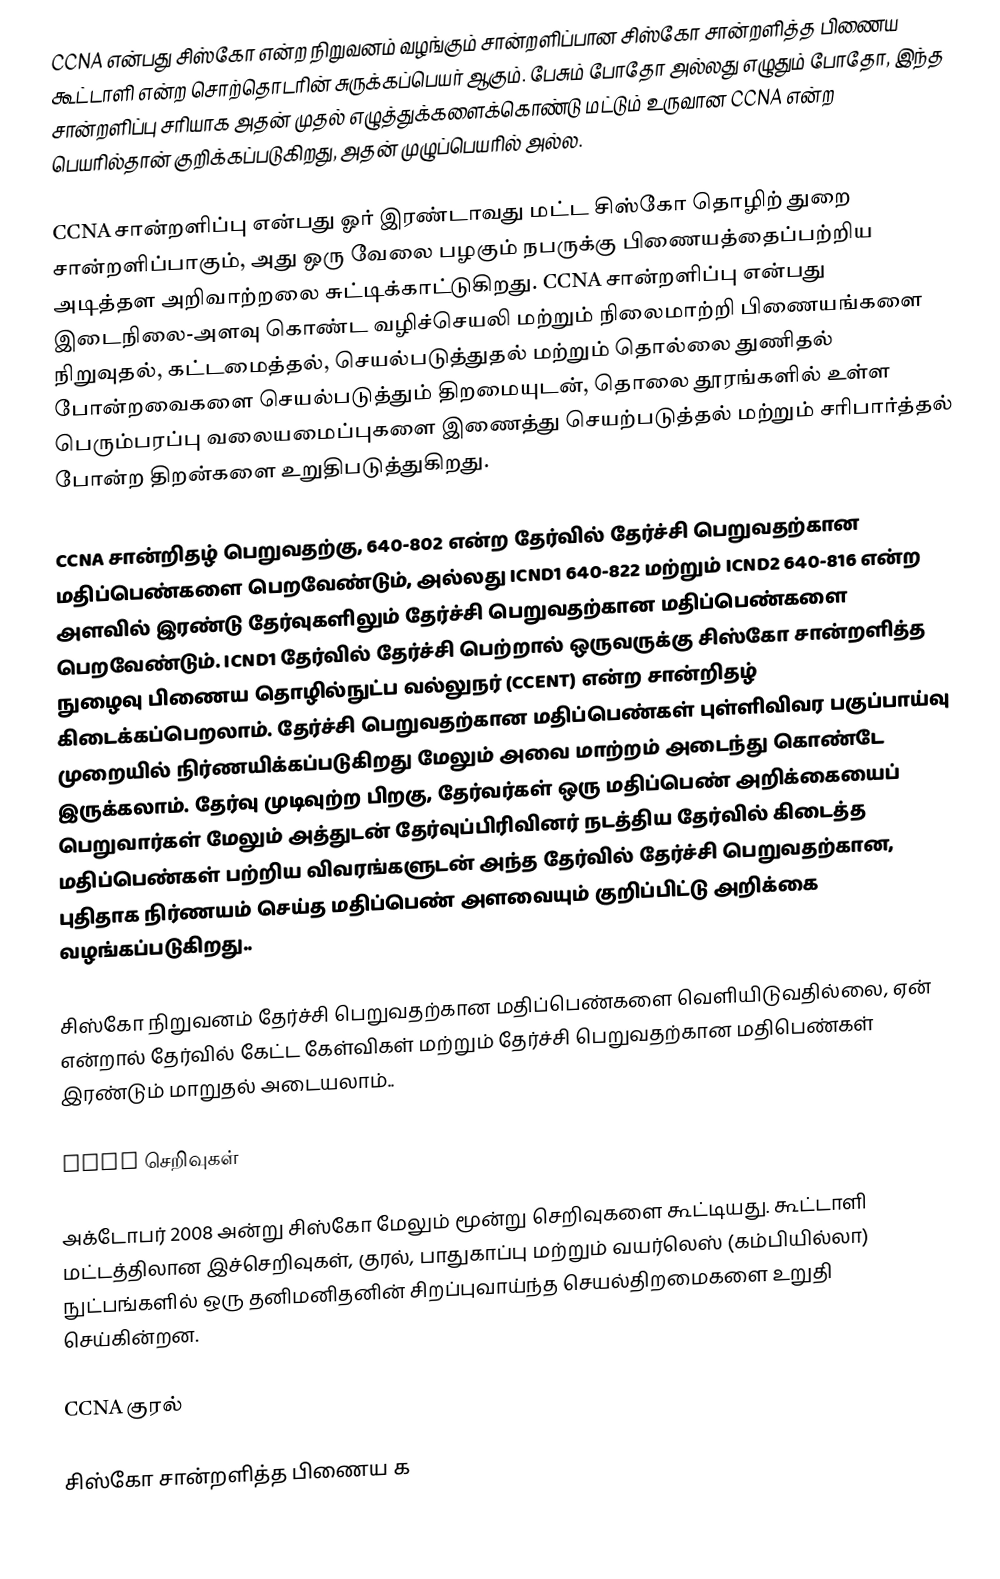
CCNA என்பது சிஸ்கோ என்ற நிறுவனம் வழங்கும் சான்றளிப்பான சிஸ்கோ சான்றளித்த பிணைய கூட்டாளி என்ற சொற்தொடரின் சுருக்கப்பெயர் ஆகும். பேசும் போதோ அல்லது எழுதும் போதோ, இந்த சான்றளிப்பு சரியாக அதன் முதல் எழுத்துக்களைக்கொண்டு மட்டும் உருவான CCNA என்ற பெயரில்தான் குறிக்கப்படுகிறது, அதன் முழுப்பெயரில் அல்ல.

CCNA சான்றளிப்பு என்பது ஓர் இரண்டாவது மட்ட சிஸ்கோ தொழிற் துறை சான்றளிப்பாகும், அது ஒரு வேலை பழகும் நபருக்கு பிணையத்தைப்பற்றிய அடித்தள அறிவாற்றலை சுட்டிக்காட்டுகிறது. CCNA சான்றளிப்பு என்பது இடைநிலை-அளவு கொண்ட வழிச்செயலி மற்றும் நிலைமாற்றி பிணையங்களை நிறுவுதல், கட்டமைத்தல், செயல்படுத்துதல் மற்றும் தொல்லை துணிதல் போன்றவைகளை செயல்படுத்தும் திறமையுடன், தொலை தூரங்களில் உள்ள பெரும்பரப்பு வலையமைப்புகளை இணைத்து செயற்படுத்தல் மற்றும் சரிபார்த்தல் போன்ற திறன்களை உறுதிபடுத்துகிறது.

CCNA சான்றிதழ் பெறுவதற்கு, 640-802 என்ற தேர்வில் தேர்ச்சி பெறுவதற்கான மதிப்பெண்களை பெறவேண்டும், அல்லது ICND1 640-822 மற்றும் ICND2 640-816 என்ற அளவில் இரண்டு தேர்வுகளிலும் தேர்ச்சி பெறுவதற்கான மதிப்பெண்களை பெறவேண்டும். ICND1 தேர்வில் தேர்ச்சி பெற்றால் ஒருவருக்கு சிஸ்கோ சான்றளித்த நுழைவு பிணைய தொழில்நுட்ப வல்லுநர் (CCENT) என்ற சான்றிதழ் கிடைக்கப்பெறலாம். தேர்ச்சி பெறுவதற்கான மதிப்பெண்கள் புள்ளிவிவர பகுப்பாய்வு முறையில் நிர்ணயிக்கப்படுகிறது மேலும் அவை மாற்றம் அடைந்து கொண்டே இருக்கலாம். தேர்வு முடிவுற்ற பிறகு, தேர்வர்கள் ஒரு மதிப்பெண் அறிக்கையைப் பெறுவார்கள் மேலும் அத்துடன் தேர்வுப்பிரிவினர் நடத்திய தேர்வில் கிடைத்த மதிப்பெண்கள் பற்றிய விவரங்களுடன் அந்த தேர்வில் தேர்ச்சி பெறுவதற்கான, புதிதாக நிர்ணயம் செய்த மதிப்பெண் அளவையும் குறிப்பிட்டு அறிக்கை வழங்கப்படுகிறது..

சிஸ்கோ நிறுவனம் தேர்ச்சி பெறுவதற்கான மதிப்பெண்களை வெளியிடுவதில்லை, ஏன் என்றால் தேர்வில் கேட்ட கேள்விகள் மற்றும் தேர்ச்சி பெறுவதற்கான மதிபெண்கள் இரண்டும் மாறுதல் அடையலாம்..

CCNA செறிவுகள்

அக்டோபர் 2008 அன்று சிஸ்கோ மேலும் மூன்று செறிவுகளை கூட்டியது. கூட்டாளி மட்டத்திலான இச்செறிவுகள், குரல், பாதுகாப்பு மற்றும் வயர்லெஸ் (கம்பியில்லா) நுட்பங்களில் ஒரு தனிமனிதனின் சிறப்புவாய்ந்த செயல்திறமைகளை உறுதி செய்கின்றன.

CCNA குரல்

சிஸ்கோ சான்றளித்த பிணைய க